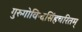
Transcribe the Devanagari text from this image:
गुरुगोविन्दसिंहचरितम्